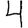
Digit: 4